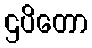
ဌပိတော